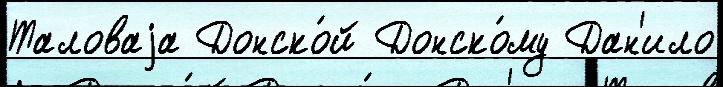
Таловаjа Донско́й Донско́му Дан'ило